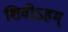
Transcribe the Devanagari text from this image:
शिवोऽहम्